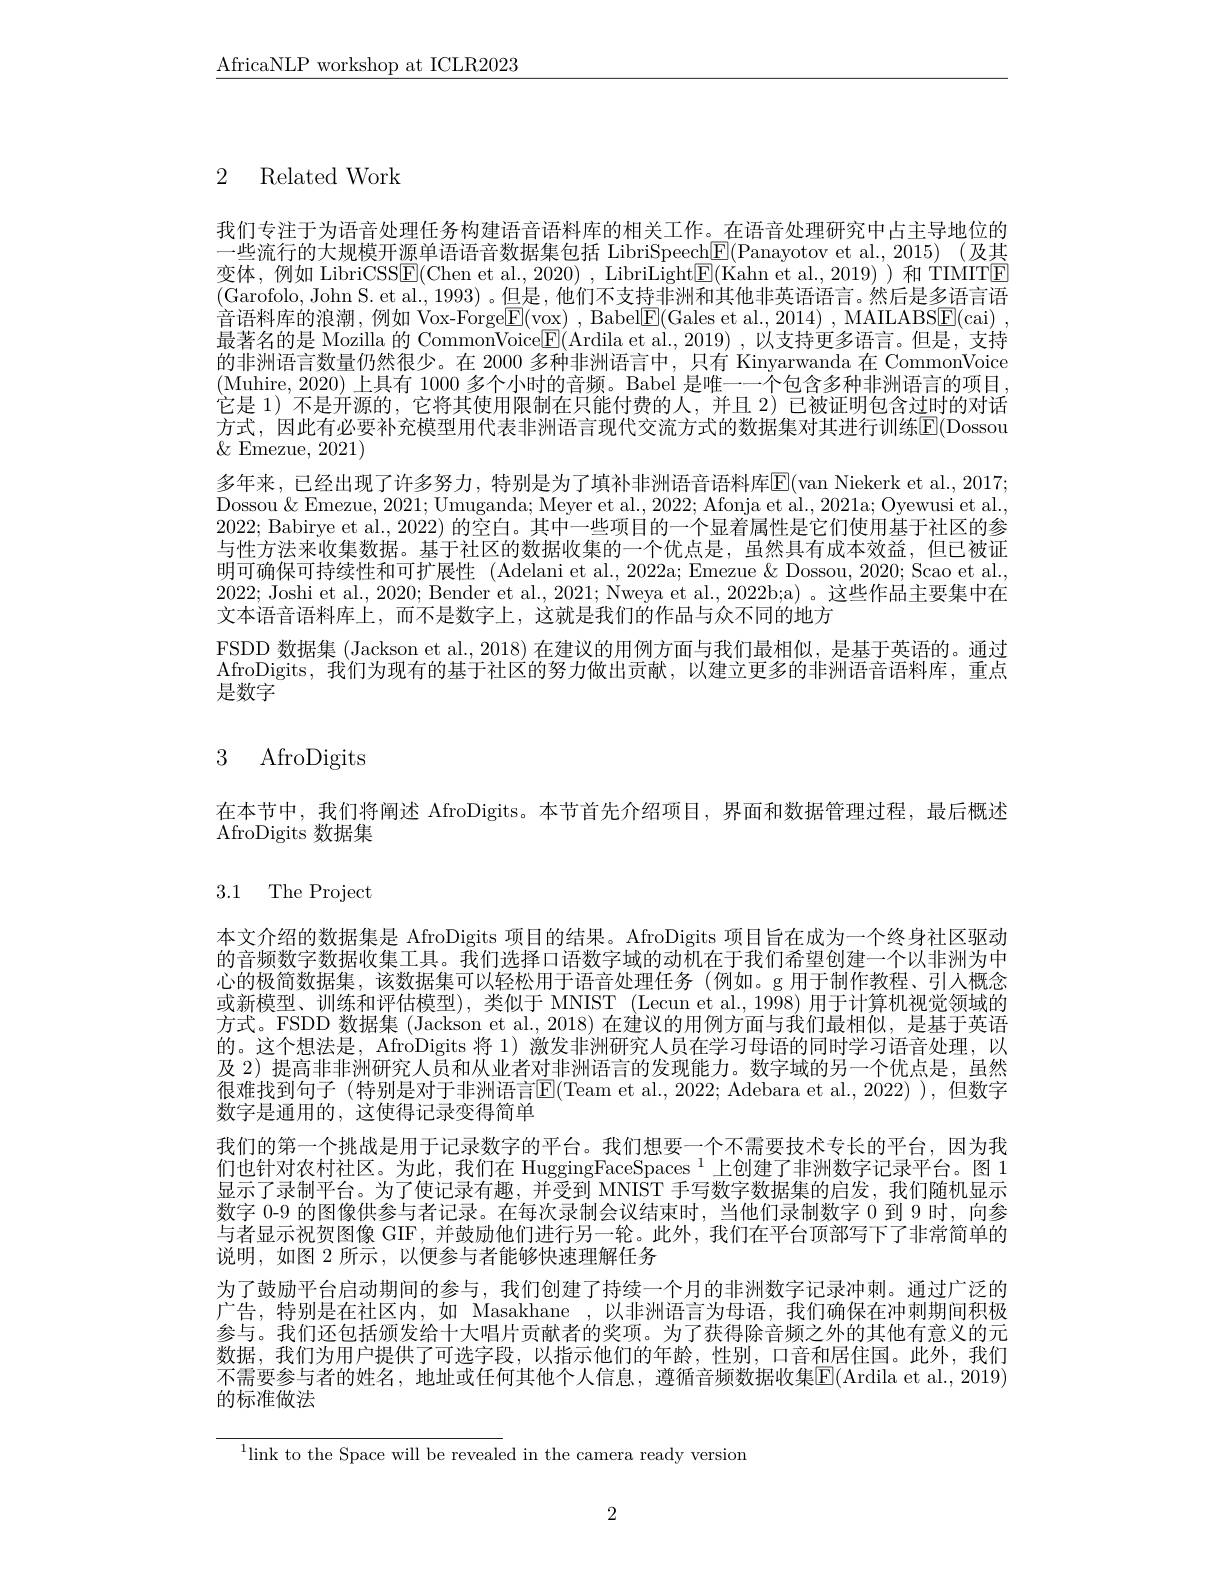
$\underline{\mathrm{AfricaNLP~workshop~at~ICLR2023}}$

2 Related Work

我们专注于为语音处理任务构建语音语料库的相关工作。在语音处理研究中占主导地位的一些流行的大规模开源单语语音数据集包括 LibriSpeech$\underline{\mathrm{F}}($Panayotov et al.,2015)(及其变体，例如 LibriCSS$\overline{\mathrm{E}}($Chen et al.,2020), LibriLight$\underline{\mathrm{E}}($Kahn et al.,2019))和 TIMTE (Garofolo, John S. et al., 1993) 。但是，他们不支持非洲和其他非英语语言。然后是多语言语音语料库的浪潮，例如 Vox-Forge$\boxed{\mathrm{F}}($vox) , Babel$\boxed{\mathrm{F}}($Gales et al., 2014) , MAILABSE(cai) , 最著名的是 Mozilla 的 CommonVoice$\underline{\mathrm{E}}(\overline{\mathrm{Ardilaet~al.,2019),以支持更多语言。但是，支持}}$ 的非洲语言数量仍然很少。在 2000 多种非洲语言中，只有 Kinyarwanda 在 CommonVoice (Muhire,2020)上具有 1000 多个小时的音频。Babel 是唯一一个包含多种非洲语言的项目， 它是 1) 不是开源的，它将其使用限制在只能付费的人，并且 2) 已被证明包含过时的对话方式，因此有必要补充模型用代表非洲语言现代交流方式的数据集对其进行训练$\color{red}{\mathrm{E}}($Dossou $\&$ Emezue, 2021)
多年来，已经出现了许多努力，特别是为了填补非洲语音语料库$\mathbb{E}($van Niekerk et al., 2017; Dossou $\&$ Emezue, 2021; Umuganda; Meyer et al., 2022; Afonja et al., 2021a; Oyewusi et al., 2022; Babirye et al., 2022) 的空白。其中一些项目的一个显着属性是它们使用基于社区的参与性方法来收集数据。基于社区的数据收集的一个优点是，虽然具有成本效益，但已被证明可确保可持续性和可扩展性 (Adelani et al., 2022a; Emezue & Dossou, 2020; Scao et al., 2022; Joshi et al., 2020; Bender et al., 2021; Nweya et al., 2022b;a) 。这些作品主要集中在文本语音语料库上，而不是数字上，这就是我们的作品与众不同的地方
FSDD 数据集 (Jackson et al., 2018) 在建议的用例方面与我们最相似，是基于英语的。通过AfroDigits,我们为现有的基于社区的努力做出贡献，以建立更多的非洲语音语料库，重点是数字

# 3 AfroDigits

在本节中，我们将阐述 AfroDigits。本节首先介绍项目，界面和数据管理过程，最后概述
AfroDigits 数据集

3.1 The Project

本文介绍的数据集是 AfroDigits 项目的结果。AfroDigits 项目旨在成为一个终身社区驱动的音频数字数据收集工具。我们选择口语数字域的动机在于我们希望创建一个以非洲为中心的极简数据集，该数据集可以轻松用于语音处理任务(例如。g 用于制作教程、引入概念或新模型、训练和评估模型),类似于 MNIST (Lecun et al.,1998) 用于计算机视觉领域的方式。FSDD 数据集 (Jackson et al.,2018)在建议的用例方面与我们最相似，是基于英语的。这个想法是，AfroDigits 将 1) 激发非洲研究人员在学习母语的同时学习语音处理，以及 2) 提高非非洲研究人员和从业者对非洲语言的发现能力。数字域的另一个优点是，虽然很难找到句子 (特别是对于非洲语言$\boxed{\mathrm{E}}($Team et al.,2022; Adebara et al.,2022) ),但数字数字是通用的，这使得记录变得简单
我们的第一个挑战是用于记录数字的平台。我们想要一个不需要技术专长的平台，因为我们也针对农村社区。为此，我们在 HuggingFaceSpaces $^{1}$上创建了非洲数字记录平台。图 1显示了录制平台。为了使记录有趣，并受到 MNIST 手写数字数据集的启发，我们随机显示数字 0-9 的图像供参与者记录。在每次录制会议结束时，当他们录制数字 0 到 9 时，向参与者显示祝贺图像 GIF ,并鼓励他们进行另一轮。此外，我们在平台顶部写下了非常简单的说明，如图 2 所示，以便参与者能够快速理解任务
为了鼓励平台启动期间的参与，我们创建了持续一个月的非洲数字记录冲刺。通过广泛的广告，特别是在社区内，如 Masakhane ,以非洲语言为母语，我们确保在冲刺期间积极参与。我们还包括颁发给十大唱片贡献者的奖项。为了获得除音频之外的其他有意义的元数据，我们为用户提供了可选字段，以指示他们的年龄，性别，口音和居住国。此外，我们不需要参与者的姓名，地址或任何其他个人信息，遵循音频数据收集$\boxed{\mathrm{F}}($Ardila et al.,2019) 的标准做法

$^{1}$link to the Space will be revealed in the camera ready version

2